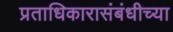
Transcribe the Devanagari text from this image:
प्रताधिकारासंबंधीच्या